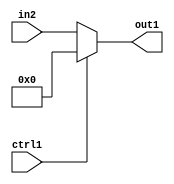
`timescale 1ps / 1ps
/*****************************************************************************
    Verilog RTL Description
    
    
    Created by: Stratus DpOpt 21.05.01 
*******************************************************************************/

module SobelFilter_N_Mux_32_2_118_4 (
	in2,
	ctrl1,
	out1
	); /* architecture "behavioural" */ 
input [31:0] in2;
input  ctrl1;
output [31:0] out1;
wire [31:0] asc001;

reg [31:0] asc001_tmp_0;
assign asc001 = asc001_tmp_0;
always @ (ctrl1 or in2) begin
	case (ctrl1)
		1'B1 : asc001_tmp_0 = 32'B00000000000000000000000000000000 ;
		default : asc001_tmp_0 = in2 ;
	endcase
end

assign out1 = asc001;
endmodule

/* CADENCE  uLnzSwA= : u9/ySxbfrwZIxEzHVQQV8Q== ** DO NOT EDIT THIS LINE ******/